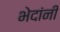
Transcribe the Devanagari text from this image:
भेदांनी